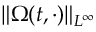
\| \Omega ( t , \cdot ) \| _ { L ^ { \infty } }